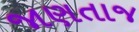
જાણતાજ